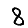
Digit: 8